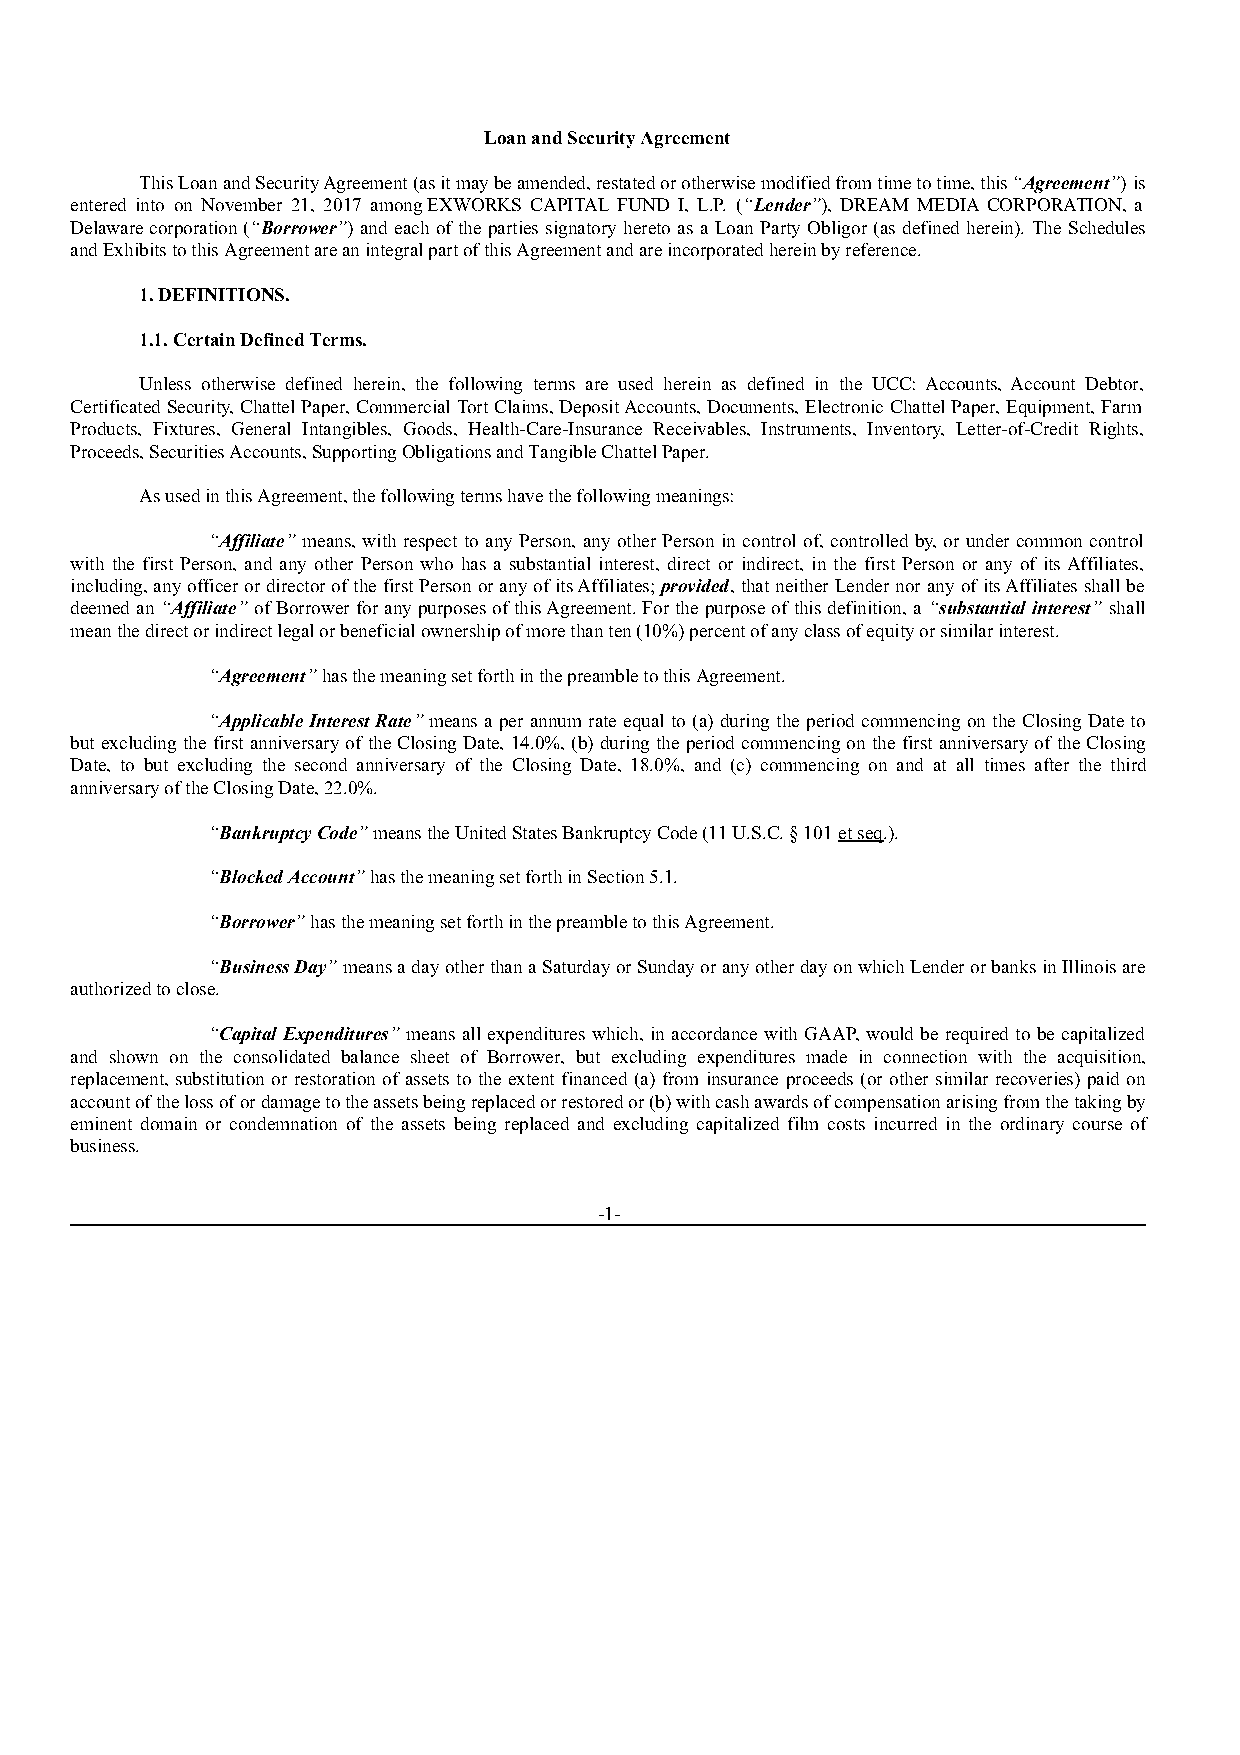
Loan and Security Agreement
 This Loan and Security Agreement (as it may be amended, restated or otherwise modified from time to time, this “Agreement”) is
 entered into on November 21, 2017 among EXWORKS CAPITAL FUND I, L.P. (“Lender”), DREAM MEDIA CORPORATION, a
 Delaware corporation (“Borrower”) and each of the parties signatory hereto as a Loan Party Obligor (as defined herein). The Schedules
 and Exhibits to this Agreement are an integral part of this Agreement and are incorporated herein by reference.
 1. DEFINITIONS.
 1.1. Certain Defined Terms.
 Unless otherwise defined herein, the following terms are used herein as defined in the UCC: Accounts, Account Debtor,
 Certificated Security, Chattel Paper, Commercial Tort Claims, Deposit Accounts, Documents, Electronic Chattel Paper, Equipment, Farm
 Products, Fixtures, General Intangibles, Goods, Health-Care-Insurance Receivables, Instruments, Inventory, Letter-of-Credit Rights,
 Proceeds, Securities Accounts, Supporting Obligations and Tangible Chattel Paper.
 As used in this Agreement, the following terms have the following meanings:
 “Affiliate” means, with respect to any Person, any other Person in control of, controlled by, or under common control
 with the first Person, and any other Person who has a substantial interest, direct or indirect, in the first Person or any of its Affiliates,
 including, any officer or director of the first Person or any of its Affiliates; provided, that neither Lender nor any of its Affiliates shall be
 deemed an “Affiliate” of Borrower for any purposes of this Agreement. For the purpose of this definition, a “substantial interest” shall
 mean the direct or indirect legal or beneficial ownership of more than ten (10%) percent of any class of equity or similar interest.
 “Agreement” has the meaning set forth in the preamble to this Agreement.
 “Applicable Interest Rate” means a per annum rate equal to (a) during the period commencing on the Closing Date to
 but excluding the first anniversary of the Closing Date, 14.0%, (b) during the period commencing on the first anniversary of the Closing
 Date, to but excluding the second anniversary of the Closing Date, 18.0%, and (c) commencing on and at all times after the third
 anniversary of the Closing Date, 22.0%.
 “Bankruptcy Code” means the United States Bankruptcy Code (11 U.S.C. § 101 et seq.).
 “Blocked Account” has the meaning set forth in Section 5.1.
 “Borrower” has the meaning set forth in the preamble to this Agreement.
 “Business Day” means a day other than a Saturday or Sunday or any other day on which Lender or banks in Illinois are
 authorized to close.
 “Capital Expenditures” means all expenditures which, in accordance with GAAP, would be required to be capitalized
 and shown on the consolidated balance sheet of Borrower, but excluding expenditures made in connection with the acquisition,
 replacement, substitution or restoration of assets to the extent financed (a) from insurance proceeds (or other similar recoveries) paid on
 account of the loss of or damage to the assets being replaced or restored or (b) with cash awards of compensation arising from the taking by
 eminent domain or condemnation of the assets being replaced and excluding capitalized film costs incurred in the ordinary course of
 business.
 -1-